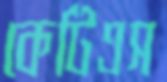
কেটিএস